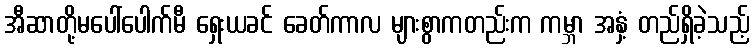
အီဆာတို့မပေါ်ပေါက်မီ ရှေးယခင် ခေတ်ကာလ များစွာကတည်းက ကမ္ဘာ အနှံ့ တည်ရှိခဲ့သည့်